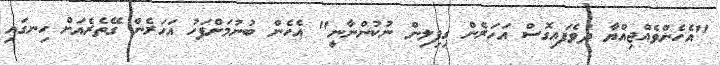
"އެހެންވެއްޖިއްޔާ ދުވެފައިގޮސް އަހަރެން ގިފިލިން ނުކުންނާނީ" އެހެން ބުނުމަށްފަހު އަހަރެން ގޭތެރެއަށް ހިނގައި